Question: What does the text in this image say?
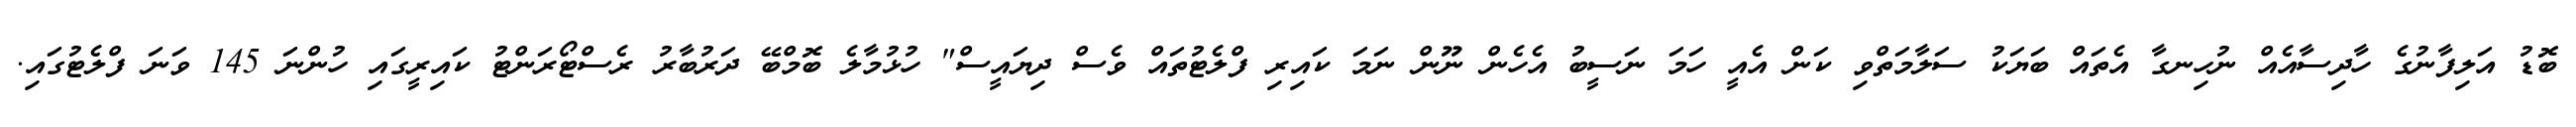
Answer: ބޮޑު އަލިފާނުގެ ހާދިސާއެއް ނުހިނގާ އެތައް ބަޔަކު ސަލާމަތްވި ކަން އެއީ ހަމަ ނަސީބު އެހެން ނޫން ނަމަ ކައިރި ފްލެޓުތައް ވެސް ދިޔައީސް" ހުޅުމާލެ ބޮމްބޭ ދަރުބާރު ރެސްޓޯރަންޓު ކައިރީގައި ހުންނަ 145 ވަނަ ފްލެޓުގައި.